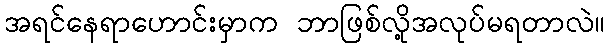
အရင်နေရာဟောင်းမှာက ဘာဖြစ်လို့အလုပ်မရတာလဲ။